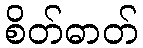
စိတ်ဓာတ်